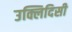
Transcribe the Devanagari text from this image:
उक्लिदिसी